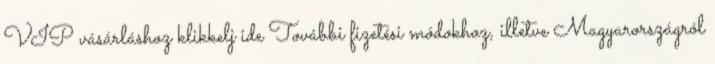
VIP vásárláshoz klikkelj ide További fizetési módokhoz, illetve Magyarországról